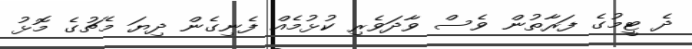
ދެ ޓީމުގެ ފަރާތުން ވެސް ވާދަވެރި ކުޅުމެއް ފެނިގެން ދިޔަ މެޗުގެ މޮޅު